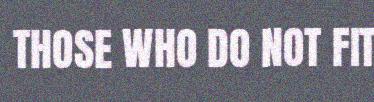
THOSE WHO DO NOT FIT